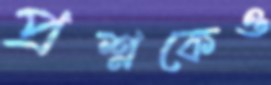
প্রশ্নকেও